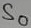
Text: S0